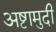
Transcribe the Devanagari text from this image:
अष्टामुदी